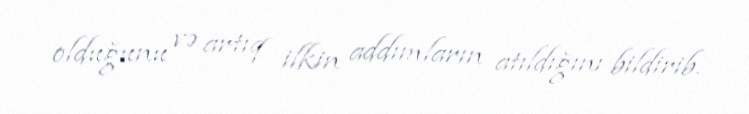
olduğunu və artıq ilkin addımların atıldığını bildirib.